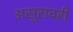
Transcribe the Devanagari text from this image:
असुरावरी